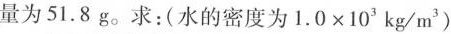
量为51.8g。求：(水的密度为$$1 . 0 \times 1 0 ^ { 3 } k g / m ^ { 3 }$$)